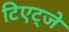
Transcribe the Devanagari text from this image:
टिएट्जे